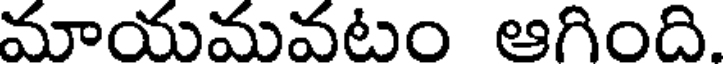
మాయమవటం ఆగింది.